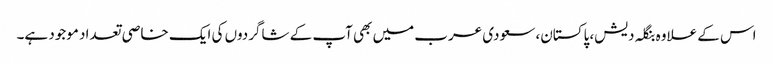
اس کے علاوہ بنگلہ دیش، پاکستان، سعودی عرب میں بھی آپ کے شاگردوں کی ایک خاصی تعداد موجود ہے۔